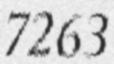
7263